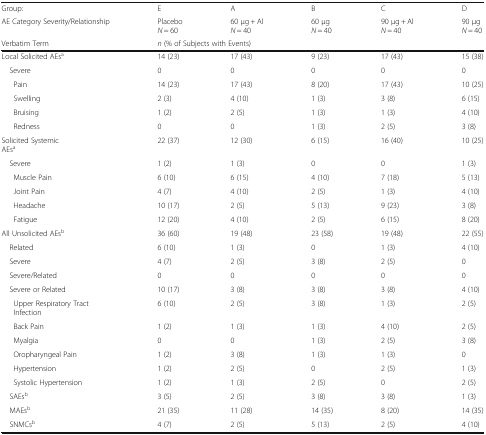
<table><thead><tr><td><b>Group:</b></td><td><b>E</b></td><td><b>A</b></td><td><b>B</b></td><td><b>C</b></td><td><b>D</b></td></tr><tr><td><b>AE Category Severity/Relationship</b></td><td><b>Placebo <i>N</i> = 60</b></td><td><b>60 μg + Al <i>N</i> = 40</b></td><td><b>60 μg <i>N</i> = 40</b></td><td><b>90 μg + Al <i>N</i> = 40</b></td><td><b>90 μg <i>N</i> = 40</b></td></tr><tr><td><b>Verbatim Term</b></td><td colspan="5"><b><i>n</i> (% of Subjects with Events)</b></td></tr></thead><tbody><tr><td>Local Solicited AEs<sup>a</sup></td><td>14 (23)</td><td>17 (43)</td><td>9 (23)</td><td>17 (43)</td><td>15 (38)</td></tr><tr><td> Severe</td><td>0</td><td>0</td><td>0</td><td>0</td><td>0</td></tr><tr><td>Pain</td><td>14 (23)</td><td>17 (43)</td><td>8 (20)</td><td>17 (43)</td><td>10 (25)</td></tr><tr><td>Swelling</td><td>2 (3)</td><td>4 (10)</td><td>1 (3)</td><td>3 (8)</td><td>6 (15)</td></tr><tr><td>Bruising</td><td>1 (2)</td><td>2 (5)</td><td>1 (3)</td><td>1 (3)</td><td>4 (10)</td></tr><tr><td>Redness</td><td>0</td><td>0</td><td>1 (3)</td><td>2 (5)</td><td>3 (8)</td></tr><tr><td>Solicited Systemic AEs<sup>a</sup></td><td>22 (37)</td><td>12 (30)</td><td>6 (15)</td><td>16 (40)</td><td>10 (25)</td></tr><tr><td> Severe</td><td>1 (2)</td><td>1 (3)</td><td>0</td><td>0</td><td>1 (3)</td></tr><tr><td>Muscle Pain</td><td>6 (10)</td><td>6 (15)</td><td>4 (10)</td><td>7 (18)</td><td>5 (13)</td></tr><tr><td>Joint Pain</td><td>4 (7)</td><td>4 (10)</td><td>2 (5)</td><td>1 (3)</td><td>4 (10)</td></tr><tr><td>Headache</td><td>10 (17)</td><td>2 (5)</td><td>5 (13)</td><td>9 (23)</td><td>3 (8)</td></tr><tr><td>Fatigue</td><td>12 (20)</td><td>4 (10)</td><td>2 (5)</td><td>6 (15)</td><td>8 (20)</td></tr><tr><td>All Unsolicited AEs<sup>b</sup></td><td>36 (60)</td><td>19 (48)</td><td>23 (58)</td><td>19 (48)</td><td>22 (55)</td></tr><tr><td> Related</td><td>6 (10)</td><td>1 (3)</td><td>0</td><td>1 (3)</td><td>4 (10)</td></tr><tr><td> Severe</td><td>4 (7)</td><td>2 (5)</td><td>3 (8)</td><td>2 (5)</td><td>0</td></tr><tr><td> Severe/Related</td><td>0</td><td>0</td><td>0</td><td>0</td><td>0</td></tr><tr><td> Severe or Related</td><td>10 (17)</td><td>3 (8)</td><td>3 (8)</td><td>3 (8)</td><td>4 (10)</td></tr><tr><td>Upper Respiratory Tract Infection</td><td>6 (10)</td><td>2 (5)</td><td>3 (8)</td><td>1 (3)</td><td>2 (5)</td></tr><tr><td>Back Pain</td><td>1 (2)</td><td>1 (3)</td><td>1 (3)</td><td>4 (10)</td><td>2 (5)</td></tr><tr><td>Myalgia</td><td>0</td><td>0</td><td>1 (3)</td><td>2 (5)</td><td>3 (8)</td></tr><tr><td>Oropharyngeal Pain</td><td>1 (2)</td><td>3 (8)</td><td>1 (3)</td><td>1 (3)</td><td>0</td></tr><tr><td>Hypertension</td><td>1 (2)</td><td>2 (5)</td><td>0</td><td>2 (5)</td><td>1 (3)</td></tr><tr><td>Systolic Hypertension</td><td>1 (2)</td><td>1 (3)</td><td>2 (5)</td><td>0</td><td>2 (5)</td></tr><tr><td> SAEs<sup>b</sup></td><td>3 (5)</td><td>2 (5)</td><td>3 (8)</td><td>3 (8)</td><td>1 (3)</td></tr><tr><td> MAEs<sup>b</sup></td><td>21 (35)</td><td>11 (28)</td><td>14 (35)</td><td>8 (20)</td><td>14 (35)</td></tr><tr><td> SNMCs<sup>b</sup></td><td>4 (7)</td><td>2 (5)</td><td>5 (13)</td><td>2 (5)</td><td>4 (10)</td></tr></tbody></table>